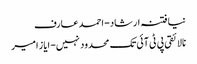
نیا فتنہ ارشاد- احمد عارف
نالائقی پی ٹی آئی تک محدود نہیں- ایاز امیر